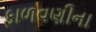
ફાળવણીના